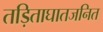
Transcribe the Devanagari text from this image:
तड़िताघातजनित